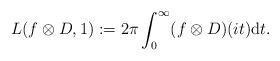
LaTeX: \begin{align*}L(f\otimes D,1):={2\pi}\int_0^\infty (f\otimes D)(it){\rm d}t.\end{align*}